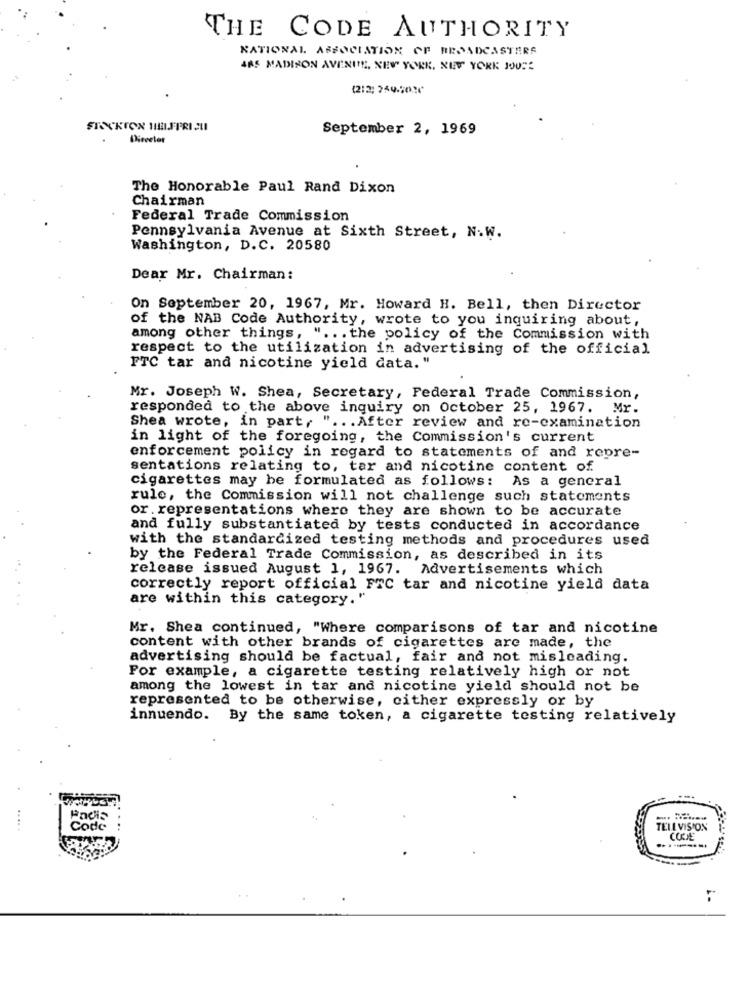
THE CODE AUTHORITY
NATIONAL ASSOCIATION OF BROADCASTERS
4AS MADISON AVENITE, NEW YORK, NEW YORK JOUS
(212; 269.5036
September 2, 1969
The Honorable Paul Rand Dixon
Chairman
Federal Trade Commission
Pennsylvania Avenue at Sixth Street, N.W.
Washington, D.C. 20580
Dear Mr. Chairman:
On September 20, 1967, Mr. Howard H. Bell, then Director
of the NAB Code Authority, wrote to you inquiring about,
among other things, " ... the policy of the Commission with
respect to the utilization in advertising of the official
FTC tar and nicotine yield data."
Mr. Joseph W. Shea, Secretary, Federal Trade Commission,
responded to the above inquiry on October 25, 1967. Mr.
Shea wrote, in part, " ... After review and re-examination
in light of the foregoing, the Commission's current
enforcement policy in regard to statements of and repre-
sentations relating to, tar and nicotine content of
cigarettes may be formulated as follows: As a general
rule, the Commission will not challenge such statements
or. representations where they are shown to be accurate
and fully substantiated by tests conducted in accordance
with the standardized testing methods and procedures used
by the Federal Trade Commission, as described in its
release issued August 1, 1967. Advertisements which
correctly report official FTC tar and nicotine yield data
are within this category. "
Mr. Shea continued, "Where comparisons of tar and nicotine
content with other brands of cigarettes are made, the
advertising should be factual, fair and not misleading.
For example, a cigarette testing relatively high or not
among the lowest in tar and nicotine yield should not be
represented to be otherwise, cither expressly or by
innuendo. By the same token, a cigarette testing relatively
Padis
Code
TELEVISION
CORSE